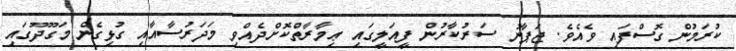
ކުރަމުން ގޮސްފައި ވެއެވެ. ޖަޕާނު ސަރުކާރުން ފީއަލީގައި ޢިމާރާތްކޮށްދެއްވި މަދަރުސާއާއި ގުޅިގެން މަގޫދޫގައި